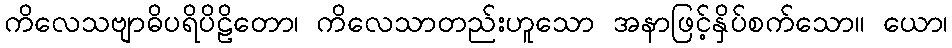
ကိလေသဗျာဓိပရိပိဠိတော၊ ကိလေသာတည်းဟူသော အနာဖြင့်နှိပ်စက်သော။ ယော၊